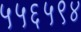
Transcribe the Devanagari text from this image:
५५६५९४